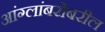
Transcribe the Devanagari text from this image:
आंग्लांबरोबरील